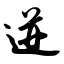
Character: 迸